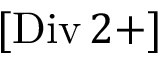
[ \mathrm { D i v } \, 2 + ]